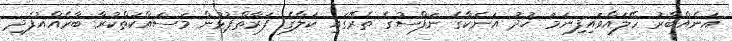
އަނެއްބާރު ހޭލައްވައިފިނަމަ ޚުދު އަނެކާގެ ނަފްސުގެ ތެރޭގައި ކަލާގެ ފަރާތްޕުޅުން މަސައްކަތްކުރާ ބާރެއްއުފެދި